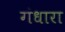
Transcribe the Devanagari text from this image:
गंधारा